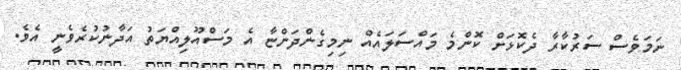
ނަމަވެސް ސަރުކާރާ ދެކޮޅަށް ކޮންމެ މައްސަލައެއް ނިމިގެންދަންޏާ އެ މަސްއޫލިއްޔަތު އަދާނުކުރެވެނީ އެވެ.